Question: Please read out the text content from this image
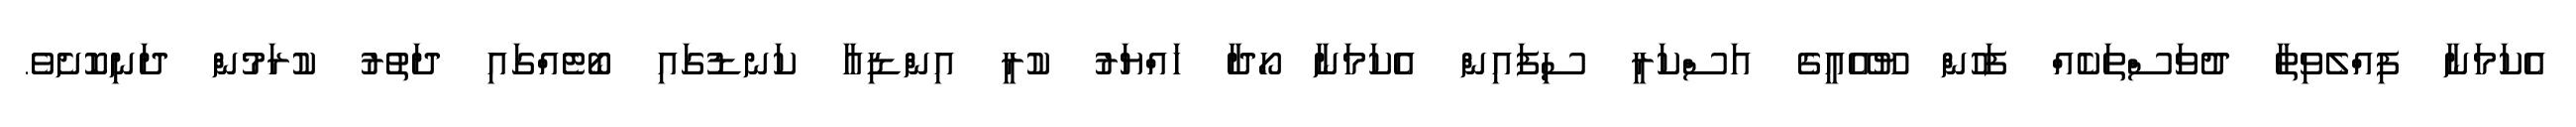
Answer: އެކަމަނާ ފިއްލެވިތާ ދުވަސްތަކެއް ފަހުން ޔޫއޭއީގެ އަސްކަރީ ސިފައިން އެކަމަނާ ހޯދާ ހައްޔަރު ކުރީ އިންޑިއާ ކަނޑުގައި ބޯޓެއްގައި ދަތުރު ކުރަމުން ދަނިކޮށެވެ.